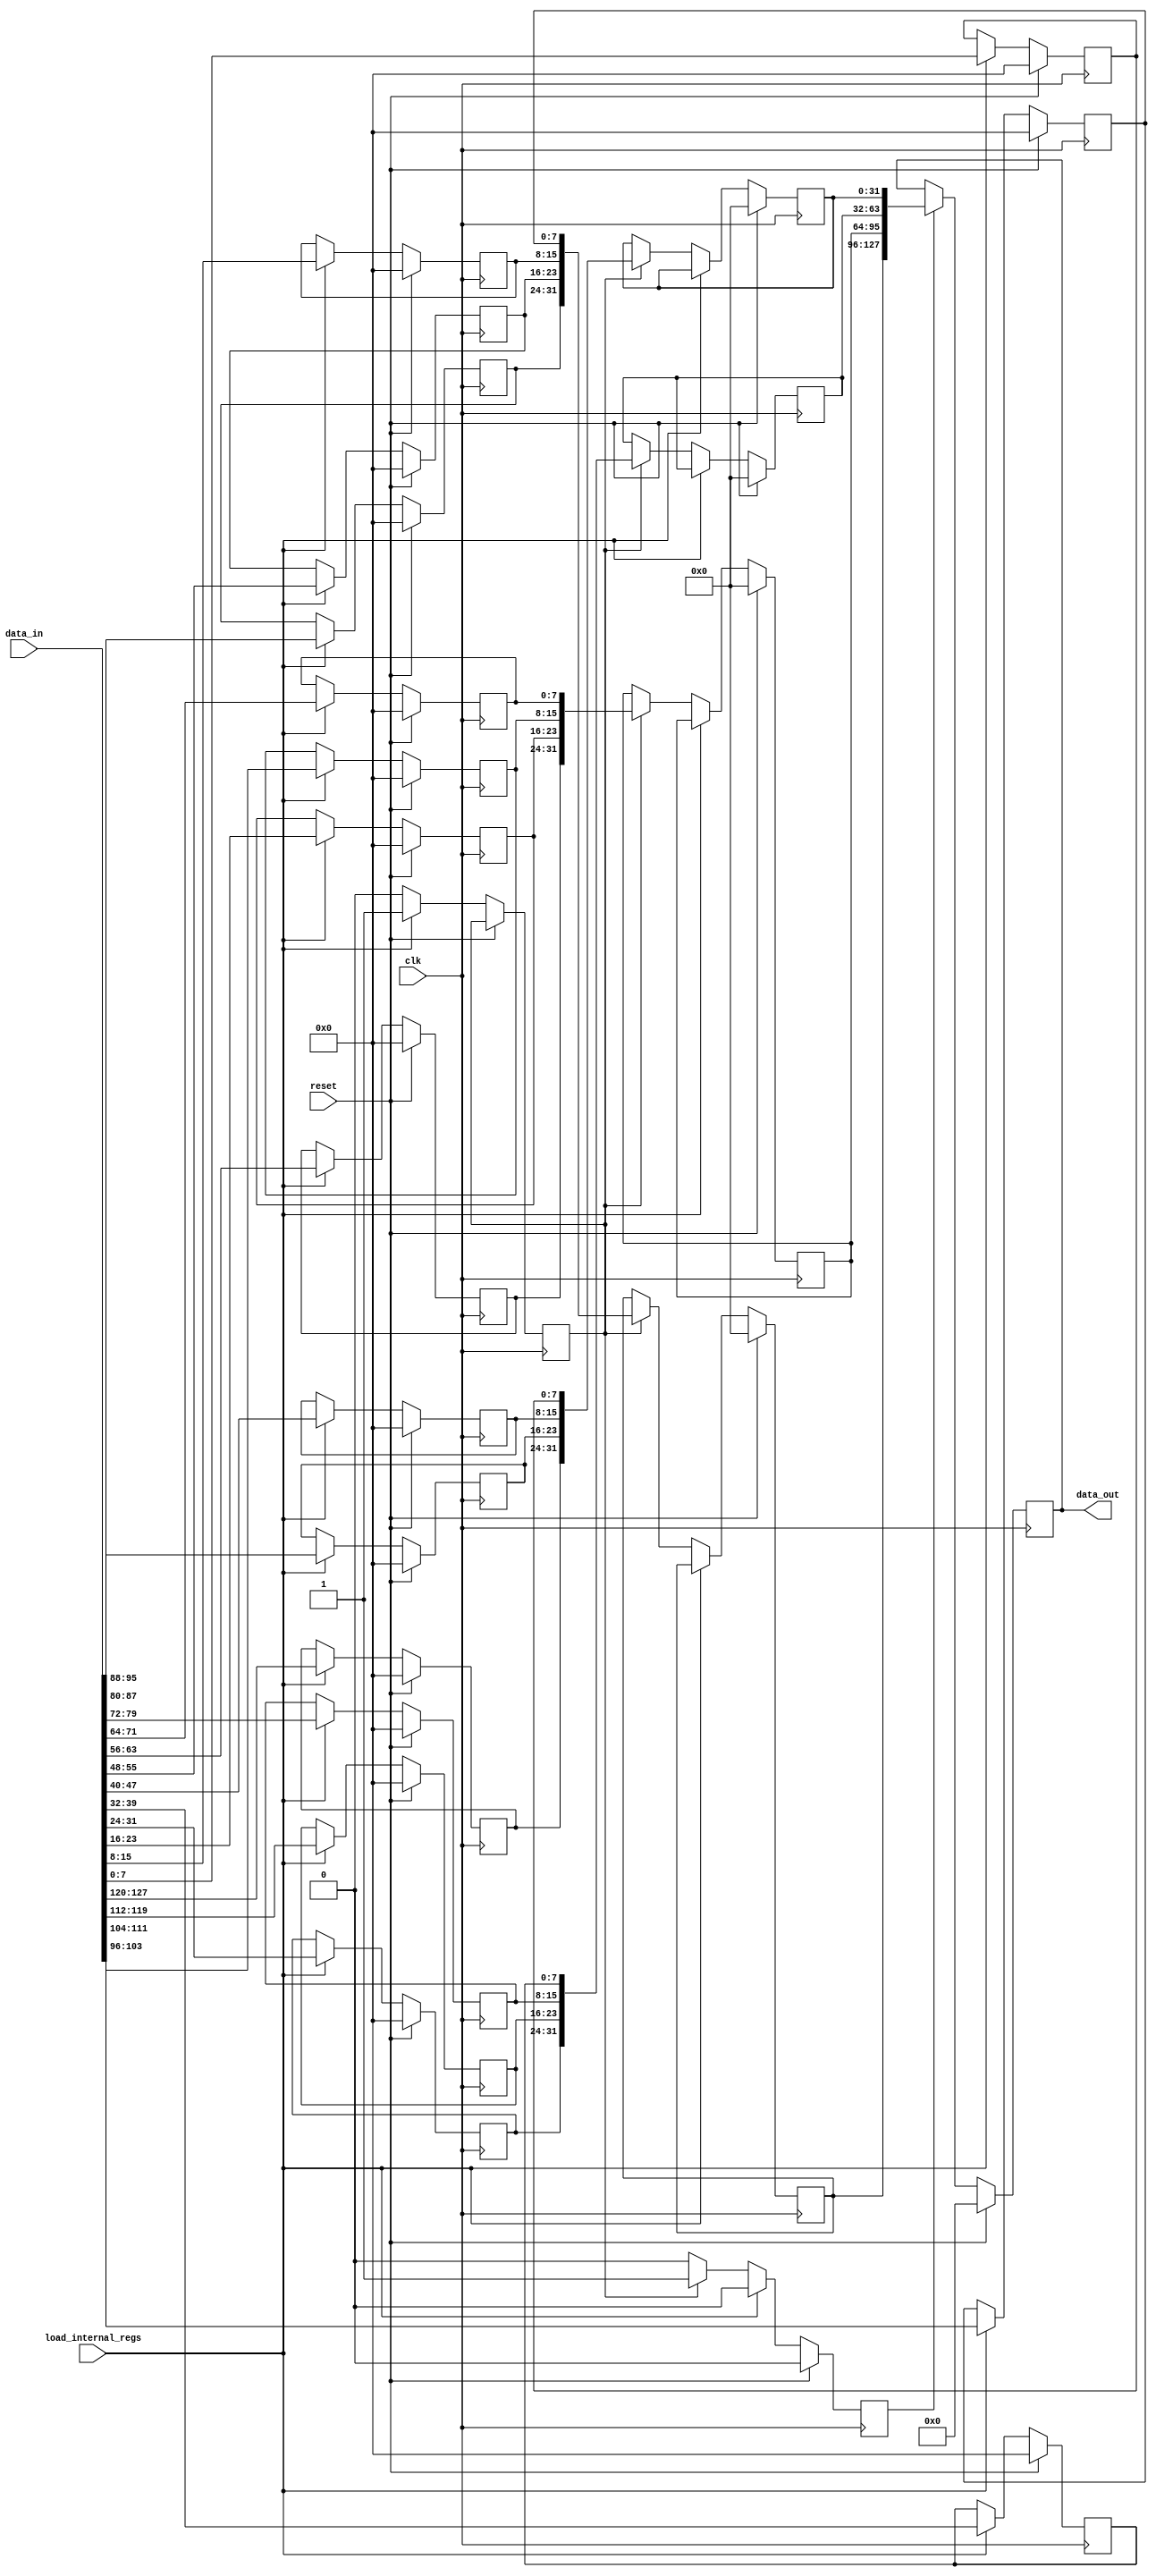
`timescale 1ns / 1ps
//////////////////////////////////////////////////////////////////////////////////
// Company: Private
// 
// Design Name: 
// Module Name: shift_rows
// Project Name: 
// Target Devices: 
// Tool Versions: 
// Description: 
// 
// Dependencies: 
// 
// Revision:
// Revision 0.01 - File Created
// Additional Comments:
// 
//////////////////////////////////////////////////////////////////////////////////


module shift_rows(
                    input clk,
                    input reset,
                    input [127:0] data_in,
                    input load_internal_regs,
                    (*keep = "true"*) output reg [127:0] data_out
    );
    
    (*keep = "true"*) reg [7:0] b_reg0 = {8{1'b0}}, b_reg1 = {8{1'b0}}, b_reg2 = {8{1'b0}}, b_reg3 = {8{1'b0}};
    (*keep = "true"*) reg [7:0] b_reg4 = {8{1'b0}}, b_reg5 = {8{1'b0}}, b_reg6 = {8{1'b0}}, b_reg7 = {8{1'b0}};
    (*keep = "true"*) reg [7:0] b_reg8 = {8{1'b0}}, b_reg9 = {8{1'b0}}, b_reg10 = {8{1'b0}}, b_reg11 = {8{1'b0}}; 
    (*keep = "true"*) reg [7:0] b_reg12 = {8{1'b0}}, b_reg13 = {8{1'b0}}, b_reg14 = {8{1'b0}}, b_reg15 = {8{1'b0}};
    (*keep = "true"*) reg [31:0] temp_out0 = {32{1'b0}},  temp_out1 = {32{1'b0}},  temp_out2 = {32{1'b0}}, temp_out3 = {32{1'b0}};
    (*keep = "true"*) reg load_output_regs = 1'b0, re_order_internal_reg = 1'b0;
    
    always @(posedge clk) begin
        load_output_regs <= 1'b0;
        if(reset) begin
            b_reg0 <= {8{1'b0}}; b_reg1 <= {8{1'b0}}; b_reg2 <= {8{1'b0}}; b_reg3 <= {8{1'b0}};
            b_reg4 <= {8{1'b0}}; b_reg5 <= {8{1'b0}}; b_reg6 <= {8{1'b0}}; b_reg7 <= {8{1'b0}};
            b_reg8 <= {8{1'b0}}; b_reg9 <= {8{1'b0}}; b_reg10 <= {8{1'b0}}; b_reg11 <= {8{1'b0}}; 
            b_reg12 <= {8{1'b0}}; b_reg13 <= {8{1'b0}}; b_reg14 <= {8{1'b0}}; b_reg15 <= {8{1'b0}};
            temp_out0 <= {32{1'b0}};  temp_out1 <= {32{1'b0}};  temp_out2 <= {32{1'b0}}; temp_out3 <= {32{1'b0}};
        end
        else begin
            if(load_internal_regs) begin
                
                //loading the first 32 bits into the internal regesters (Staging the data before shifting). 
                b_reg0 <= data_in[7:0];
                b_reg1 <= data_in[15:8];
                b_reg2 <= data_in[23:16];
                b_reg3 <= data_in[31:24];
                
                //second 32 bits.
                b_reg4 <= data_in[39:32];
                b_reg5 <= data_in[47:40];
                b_reg6 <= data_in[55:48];
                b_reg7 <= data_in[63:56];
                
                //third 32 bits.
                b_reg8 <= data_in[71:64];
                b_reg9 <= data_in[79:72];
                b_reg10 <= data_in[87:80];
                b_reg11 <= data_in[95:88];
                
                //fourth 32 bits.
                
                b_reg12 <= data_in[103:96];
                b_reg13 <= data_in[111:104];
                b_reg14 <= data_in[119:112];
                b_reg15 <= data_in[127:120];
                re_order_internal_reg <= 1'b1;
            end
            else if(re_order_internal_reg) begin
                temp_out0 <= {b_reg15, b_reg10, b_reg5, b_reg0};
                temp_out1 <= {b_reg3, b_reg14, b_reg9, b_reg4};
                temp_out2 <= {b_reg7, b_reg2, b_reg13, b_reg8};
                temp_out3 <= {b_reg11, b_reg6, b_reg1, b_reg12};
                load_output_regs <= 1'b1;
                re_order_internal_reg <= 1'b0;
            end
        end
    end
    
    always@(posedge clk) begin
        if(reset) begin
            data_out <= {128{1'b0}};
        end
        else begin
            if(load_output_regs) begin
                data_out <= {temp_out3, temp_out2, temp_out1, temp_out0};
            end
            else begin
                data_out <= data_out;
            end
        end
    end
endmodule